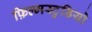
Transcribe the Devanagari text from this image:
फ़िल्मस्टुडियो